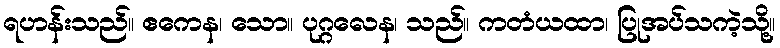
ရဟန်းသည်။ ဧကေန၊ သော။ ပုဂ္ဂလေန၊ သည်။ ကတံယထာ၊ ပြုအပ်သကဲ့သို့။